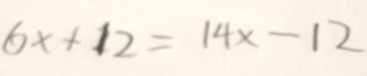
6 x + 1 2 = 1 4 x - 1 2